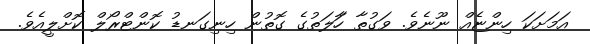
އަމަށަކަ ހިންޏެއް ނޫނެވެ. ވަގުތާ ހާަލަތުގެ ގޮތުން ހިނިގަނޑު ކޮންޓްރޯލް ކޮށްލީއެެވެ.